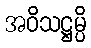
အဝိသဋ္ဌမ္ပိ